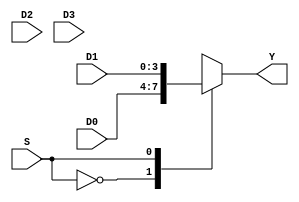
//Four-to-one, N-bit multiplexer
module Four2OneMUX #(parameter N = 4)
(
		input S, //declare select inputs
		input [N-1:0] D0,D1,D2,D3,     //declare data inputs
		output reg [N-1:0] Y //declare data outputs
);
	always @ (S,D0,D1,D2,D3) //detect input change
		case (S) //derive the output
				2'b00: Y = D0;
				2'b01: Y = D1;
				2'b10: Y = D2;
				2'b11: Y = D3;
		endcase
endmodule